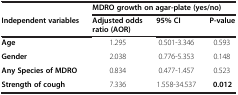
<table><thead><tr><td></td><td colspan="3"><b>MDRO growth on agar-plate (yes/no)</b></td></tr><tr><td><b>Independent variables</b></td><td><b>Adjusted odds ratio (AOR)</b></td><td><b>95% CI</b></td><td><b>P-value</b></td></tr></thead><tbody><tr><td><b>Age</b></td><td>1.295</td><td>0.501-3.346</td><td>0.593</td></tr><tr><td><b>Gender</b></td><td>2.038</td><td>0.776-5.353</td><td>0.148</td></tr><tr><td><b>Any Species of MDRO</b></td><td>0.834</td><td>0.477-1.457</td><td>0.523</td></tr><tr><td><b>Strength of cough</b></td><td>7.336</td><td>1.558-34.537</td><td><b>0.012</b></td></tr></tbody></table>